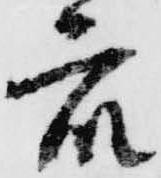
衆